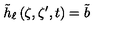
\tilde { h } _ { \ell } \left( \zeta , \zeta ^ { \prime } , t \right) = \tilde { b }